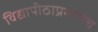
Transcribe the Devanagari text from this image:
विद्यापीठाप्रमाणेच